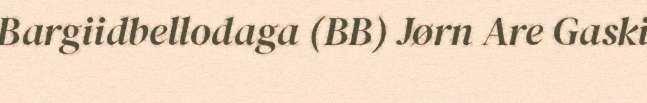
Bargiidbellodaga (BB) Jørn Are Gaski